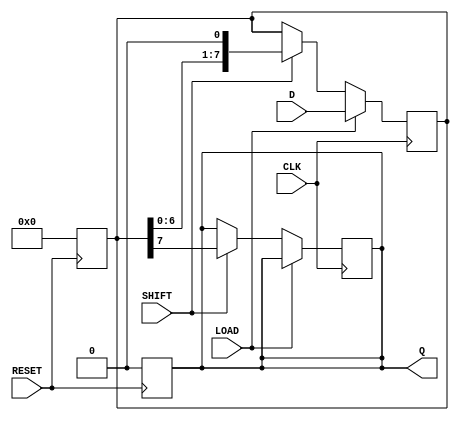
module PISO_Register #(
    parameter WIDTH = 8  // Parameter to define the width of the register
)(
    input wire [WIDTH-1:0] D,   // Parallel data input
    input wire LOAD,             // Load control signal
    input wire CLK,              // Clock signal
    input wire SHIFT,            // Shift control signal
    input wire RESET,            // Asynchronous reset signal
    output reg Q                // Serial output
);

    reg [WIDTH-1:0] shift_reg;   // Internal shift register to hold data

    // Asynchronous reset
    always @(posedge RESET) begin
        shift_reg <= {WIDTH{1'b0}}; // Reset all bits to 0
        Q <= 1'b0;                  // Reset serial output to 0
    end

    // Sequential logic for loading and shifting
    always @(posedge CLK) begin
        if (LOAD) begin
            shift_reg <= D;         // Load data on rising edge of clock
        end else if (SHIFT) begin
            Q <= shift_reg[WIDTH-1]; // Output MSB to Q
            shift_reg <= {shift_reg[WIDTH-2:0], 1'b0}; // Shift right
        end
    end

endmodule